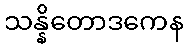
သန္နိတောဒကေန